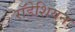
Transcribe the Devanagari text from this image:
राॅडेशियन